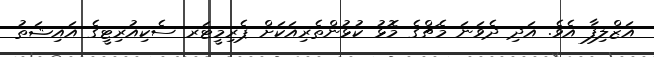
އަޒްލިފާ އެވެ. އަދި ދެވަނަ މެޗްގެ މޮޅު ކުޅުންތެރިއަކަށް ޕެރިމީޓަރ ސެކިއުރިޓީގެ އައިޝަތު